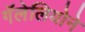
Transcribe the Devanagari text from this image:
गॅलेलियोने